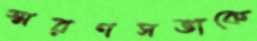
স্মরণসভাকে